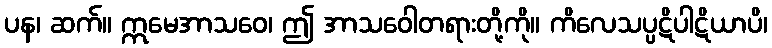
ပန၊ ဆက်။ ဣမေအာသဝေ၊ ဤ အာသဝေါတရားတို့ကို။ ကိလေသပ္ပဋိပါဋိယာပိ၊